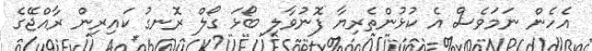
އެހެން ނަމަވެސް އެ ކުޅުންތެރިޔާ ފޮނުވާލި ބޯޅަ ގޯލް ރޮނގު ކައިރިން ރާއްޖޭގެ